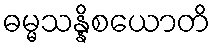
ဓမ္မသန္နိစယောတိ